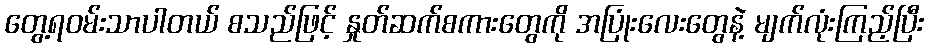
တွေ့ရဝမ်းသာပါတယ် စသည်ဖြင့် နှုတ်ဆက်စကားတွေကို အပြုံးလေးတွေနဲ့ မျက်လုံးကြည့်ပြီး